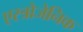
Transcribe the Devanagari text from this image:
एस्त्रोजेनिक